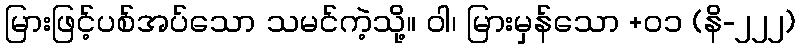
မြားဖြင့်ပစ်အပ်သော သမင်ကဲ့သို့။ ဝါ၊ မြားမှန်သော +၀၁ (နိ-၂၂၂)